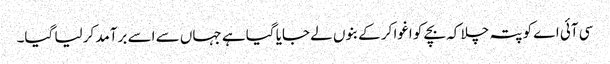
سی آئی اے کو پتہ چلا کہ بچے کو اغوا کر کے بنوں لے جایا گیا ہے جہاں سے اسے برآمد کر لیا گیا۔